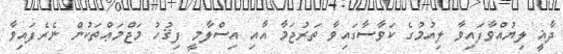
ދާޣީ ލިޔުއްވާފައިވާ ލިއުމުގެ ކަވާސާގައިވާ ތަރުޖަމާ އާއި އިސްލާމީ ފިޤުހު މަޖްމަޢްތަކުން ނެރެފައިވާ